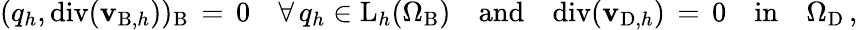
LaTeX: (q_{h},\mathrm{div}({\mathbf{v}}_{\mathrm{B},h}))_{\mathrm{B}}\, =\, 0\quad\forall\, q_{h}\in\mathrm{L}_{h}(\Omega_{\mathrm{B}}){\quad\mathrm{and}\quad}\mathrm{div}({\mathbf{v}}_{\mathrm{D},h})\, =\, 0{\quad\mathrm{in}\quad}\Omega_{\mathrm{D}}\, ,